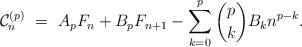
LaTeX: \begin{align*}\mathcal{C}_n^{(p)} \ = \ A_p F_n + B_p F_{n+1} - \sum_{k=0}^p \binom{p}{k} B_k n^{p-k}.\end{align*}